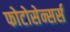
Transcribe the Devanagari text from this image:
फोटोसेन्सर्स